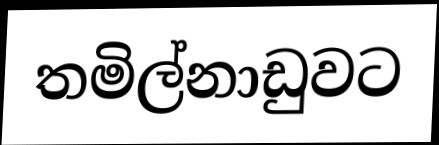
තමිල්නාඩුවට